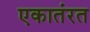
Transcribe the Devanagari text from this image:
एकातंरत